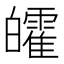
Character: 皬